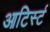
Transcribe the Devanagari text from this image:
आटिर्स्ट